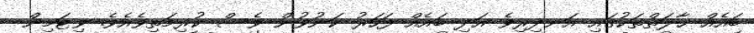
ބައެއް ޙާލަތްތަކުގައި އަނދިރިވެ އަދި ބައެއް ފަހަރު ކަނުވުން ވެސް ކުރިމަތިވެއެވެ. ވިޓަމިން